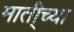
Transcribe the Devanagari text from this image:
माती्च्या